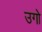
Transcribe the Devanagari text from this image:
उगो